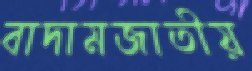
বাদামজাতীয়